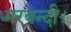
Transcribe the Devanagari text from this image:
मरवन्दी।